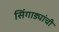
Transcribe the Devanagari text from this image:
सिंगाड्यांची